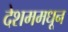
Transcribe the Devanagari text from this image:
देशममधून